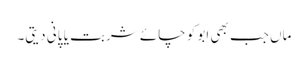
ماں جب بھی ابو کو چائے شربت یا پانی دیتی۔